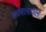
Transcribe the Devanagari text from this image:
कारलायल